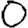
Digit: 0